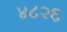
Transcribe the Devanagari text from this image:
४८२६